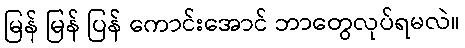
မြန် မြန် ပြန် ကောင်းအောင် ဘာတွေလုပ်ရမလဲ။